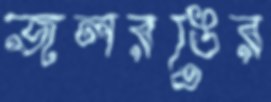
জলরঙের